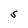
Character: S